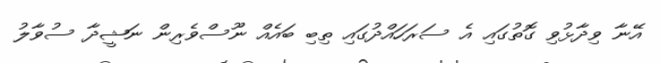
އޭނާ ވިދާޅުވި ގޮތުގައި އެ ސަރަހައްދުގައި ތިބި ބައެއް ނޫސްވެރިން ނަޝީދާ ސުވާލު